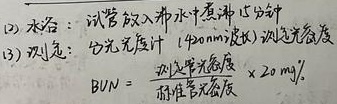
(2) 水浴：试管放入沸水中煮沸15分钟
(3) 测定：分光光度计 \((420\text{nm}\text{波长})\)测定光密度
\(BUN=\frac{\text{测定管光密度}}{\text{标准管光密度}}\times20\text{ mg%}\)